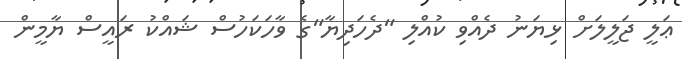
ޢަލީ ޖަލީލަށް ޅިޔަނު ދެއްވި ކުއްލި "ދެހަދިޔާ"ގެ ވާހަކަހުސް ޝައްކު ރައީސް ޔާމީން